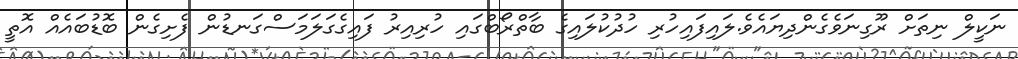
ނަކީލް ނިތަށް ރޫގިނަވެގެންދިޔައެވެ.ލައިފައިހުރި ހުދުކުލައިގެ ބާތްރޯބްގައި ހުރިއިރު ފައިގެގަލަމަސްގަނޑުން ފެށިގެން ބޮޑުބައެއް އޮތީ